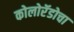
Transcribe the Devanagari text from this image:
कोलोरॅडोचा